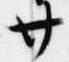
廿